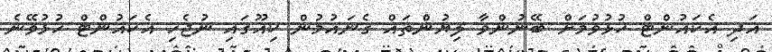
އަދި އެކައުންޓް ހުޅުވުމަށް ބޭނުންވާ ލިޔުންތައް ގެނައުމުން ކިއޫގައި ނުޖެހި އެކައުންޓް ހުޅުވޭނެ